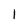
Character: 1